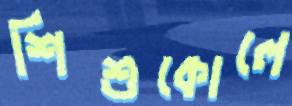
শিশুকোলে